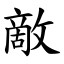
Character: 敵